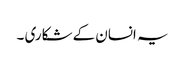
یہ انسان کے شکاری ۔